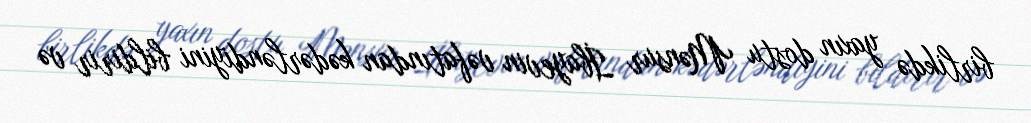
birlikdə yaxın dostu Mənsur İbayevin vəfatından kədərləndiyini bildirir və